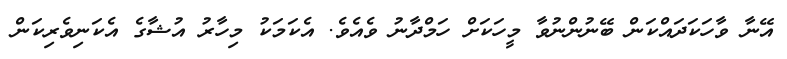
އޭނާ ވާހަކަދައްކަން ބޭނުންނުވާ މީހަކަށް ހަމްދާނު ވެއެވެ. އެކަމަކު މިހާރު އުޝާގެ އެކަނިވެރިކަން